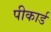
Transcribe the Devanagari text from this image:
पीकार्ड